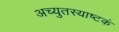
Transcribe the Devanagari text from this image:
अच्युतस्याष्टकं